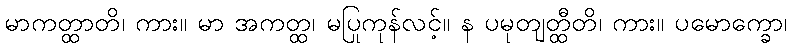
မာကတ္ထာတိ၊ ကား။ မာ အကတ္ထ၊ မပြုကုန်လင့်။ န ပမုတျတ္ထီတိ၊ ကား။ ပမောက္ခော၊